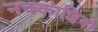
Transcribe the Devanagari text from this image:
नक्‍काशियो